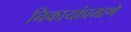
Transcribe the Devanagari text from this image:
निकायांप्रमाणे